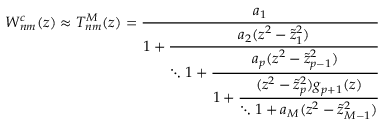
W _ { n m } ^ { c } ( z ) \approx T _ { n m } ^ { M } ( z ) = \cfrac { a _ { 1 } } { 1 + \cfrac { a _ { 2 } ( z ^ { 2 } - \tilde { z } _ { 1 } ^ { 2 } ) } { \ddots 1 + \cfrac { a _ { p } ( z ^ { 2 } - \tilde { z } _ { p - 1 } ^ { 2 } ) } { 1 + \cfrac { ( z ^ { 2 } - \tilde { z } _ { p } ^ { 2 } ) g _ { p + 1 } ( z ) } { \ddots 1 + a _ { M } ( z ^ { 2 } - \tilde { z } _ { M - 1 } ^ { 2 } ) } } } } \,